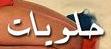
ملو